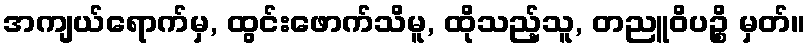
အကျယ်ရောက်မှ, ထွင်းဖောက်သိမူ, ထိုသည့်သူ, တညူဝိပဉ္စိ မှတ်။